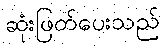
ဆုံးဖြတ်ပေးသည်